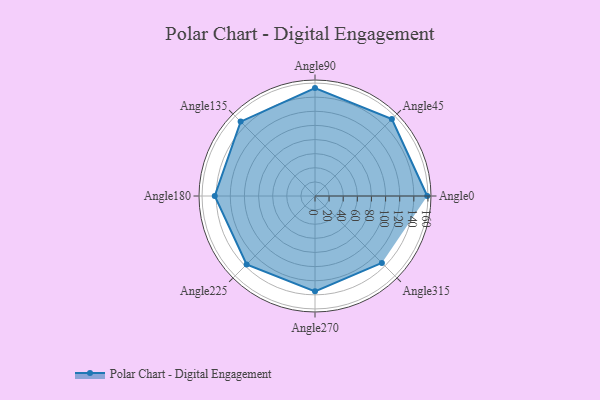
{"axis": {"x": "Angle", "y": "Radius"}, "legend": [""], "data": [{"x": "Angle0", "y": 159.0, "type": ""}, {"x": "Angle45", "y": 154.0, "type": ""}, {"x": "Angle90", "y": 153.0, "type": ""}, {"x": "Angle135", "y": 149.0, "type": ""}, {"x": "Angle180", "y": 142.0, "type": ""}, {"x": "Angle225", "y": 137.0, "type": ""}, {"x": "Angle270", "y": 135.0, "type": ""}, {"x": "Angle315", "y": 134.0, "type": ""}]}